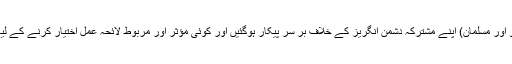
اب دونوں قومیں(ہندو اور مسلمان) اپنے مشترکہ دشمن انگریز کے خلاف بر سر پیکار ہوگئیں اور کوئی مؤثر اور مربوط لائحہ عمل اختیار کرنے کے لیے پر تول رہی تھیں۔